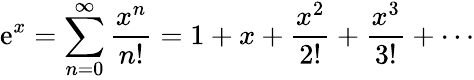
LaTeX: \mathrm{e}^{x}=\sum_{n=0}^{\infty}{\frac{{x^{n}}}{{n!}}}=1+x+{\frac{{x^{2}}}{{2!}}}+{\frac{{x^{3}}}{{3!}}}+\cdots